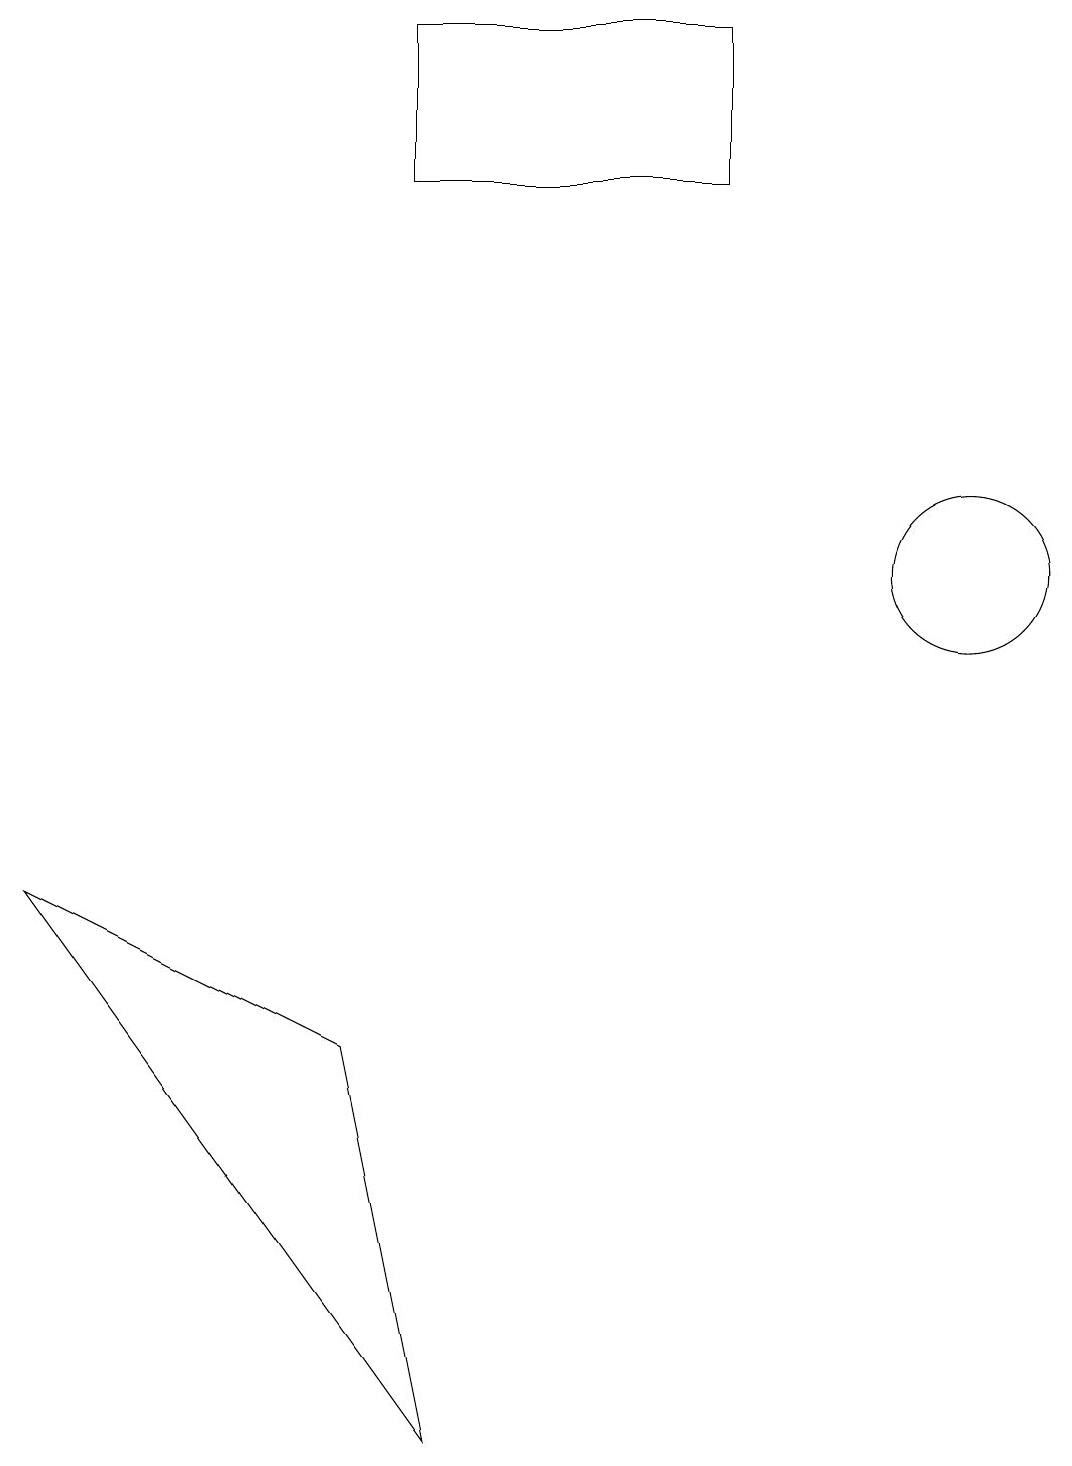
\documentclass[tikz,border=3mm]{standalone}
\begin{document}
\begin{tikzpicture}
\draw (12,12) circle (1);
\draw (9,19) rectangle (5,17);
\draw (4,6) -- (5,1) -- (0,8) -- cycle;
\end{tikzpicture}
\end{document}